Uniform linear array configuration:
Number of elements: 4
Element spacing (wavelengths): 0.75
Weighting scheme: exponential
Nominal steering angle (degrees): -15
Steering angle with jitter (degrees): -13.406
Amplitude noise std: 0.05
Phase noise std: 0.05

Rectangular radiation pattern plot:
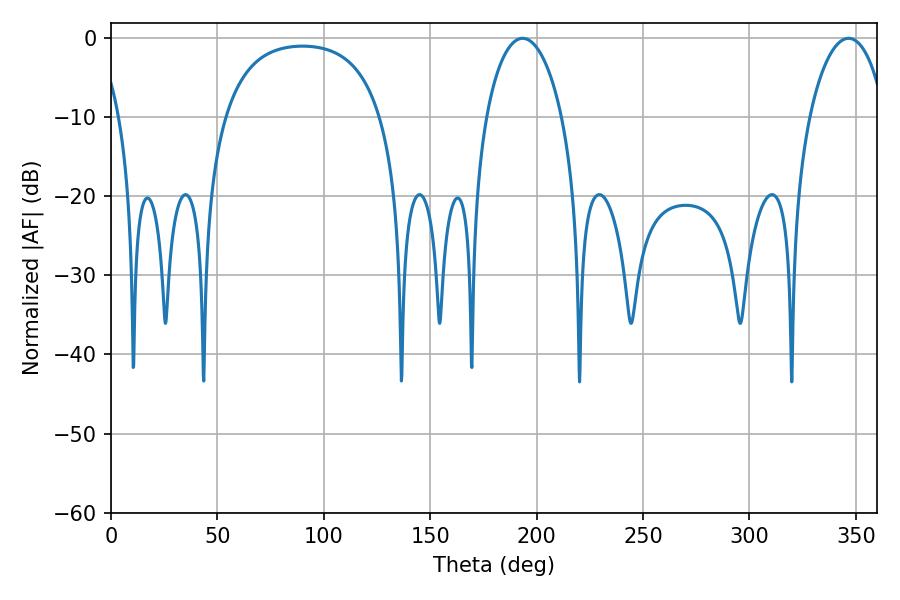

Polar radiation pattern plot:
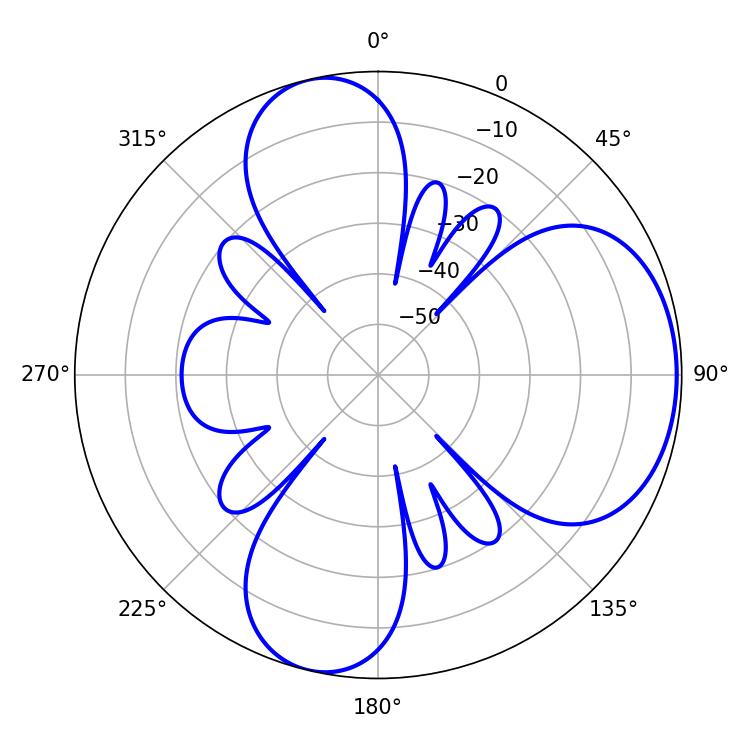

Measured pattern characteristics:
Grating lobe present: TRUE
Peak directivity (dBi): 6.197
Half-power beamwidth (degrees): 20.34
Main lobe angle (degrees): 193.5